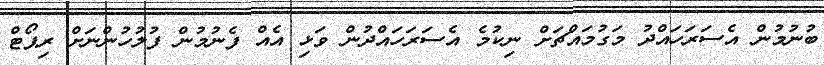
ބުނުމުން އެސަރަހައްދު މަގުމައްޗަށް ނިކުމެ އެސަރަހައްދުން ވަޅި އެއް ފެނުމުން ފުލުހުންނަށް ރިޕޯޓް